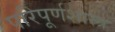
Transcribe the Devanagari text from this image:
परिपूर्णशास्त्र